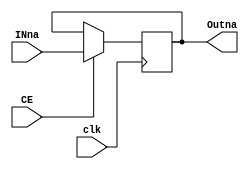
`timescale 1ns / 1ps
//////////////////////////////////////////////////////////////////////////////////
// Company: 
// Engineer: 
// 
// Design Name: 
// Module Name: d4breg
// Project Name: 
// Target Devices: 
// Tool Versions: 
// Description: 
// 
// Dependencies: 
// 
// Revision:
// Revision 0.01 - File Created
// Additional Comments:
// 
//////////////////////////////////////////////////////////////////////////////////


module d4breg( 
            input wire [3:0] INna,
            input wire clk,
            output reg [3:0] Outna,
            input wire CE
            );

always@(posedge clk)
begin
            if(!CE) 
                      begin 
                      Outna=Outna;
                      end
            if(CE)
                      begin
                      Outna=INna;
                      end
end

endmodule